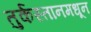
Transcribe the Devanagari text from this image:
तुर्कस्तानमधून